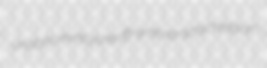
unabhorrently sheriffry rehearsals chefdom